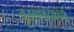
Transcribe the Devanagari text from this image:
वृत्तसंपादकाचा